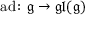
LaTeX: \operatorname { a d } \colon { \mathfrak { g } } \to { \mathfrak { g l } } ( { \mathfrak { g } } )